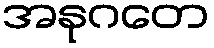
အနုဂတေ